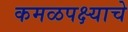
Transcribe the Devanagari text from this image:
कमळपक्ष्याचे